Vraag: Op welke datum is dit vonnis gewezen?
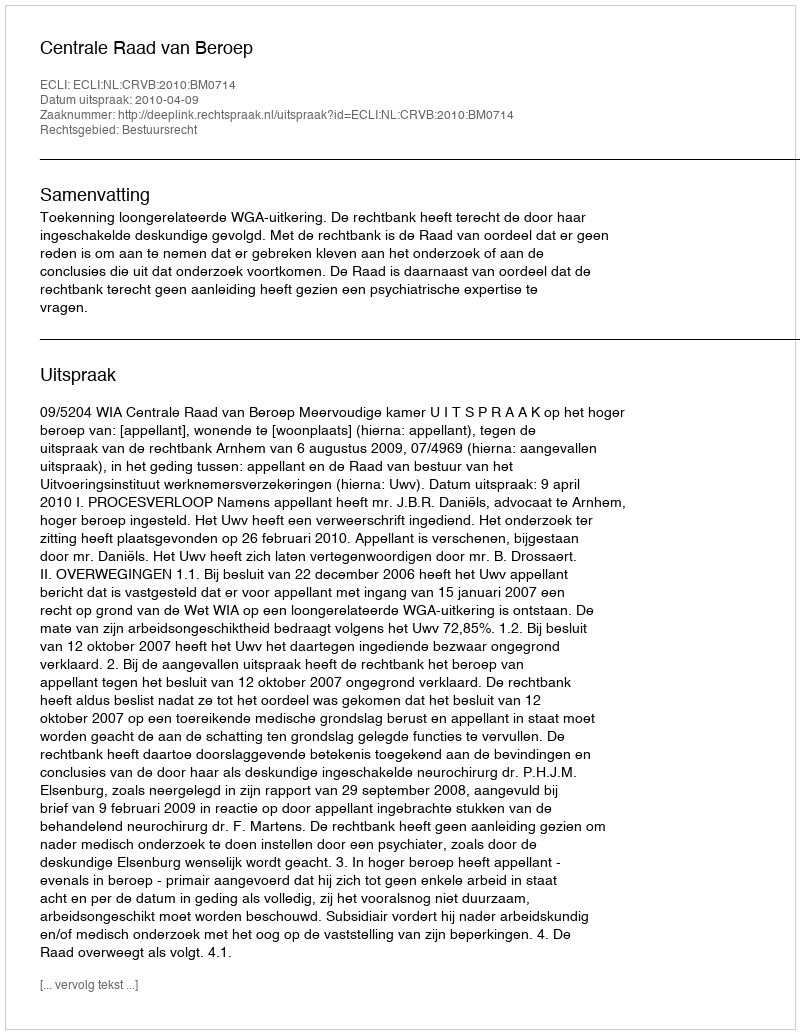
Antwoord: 2010-04-09